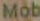
Mob